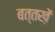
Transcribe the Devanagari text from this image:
बत्तख़ें